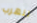
للهرب